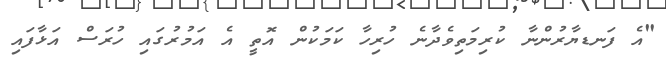
"އެ ފަނޑޔާރުންނާ ކުރިމަތިވެދާނެ ހުރިހާ ކަމަކުން އޮތީ އެ އަމުރުގައި ހުރަސް އަޅާފައި